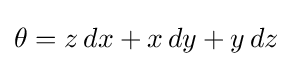
\theta =z\,dx+x\,dy+y\,dz